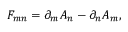
F _ { m n } = \partial _ { m } A _ { n } - \partial _ { n } A _ { m } ,